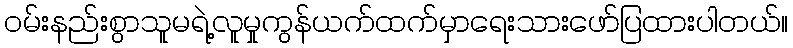
ဝမ်းနည်းစွာသူမရဲ့လူမှုကွန်ယက်ထက်မှာရေးသားဖော်ပြထားပါတယ်။